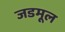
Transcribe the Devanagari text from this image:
जडमूल